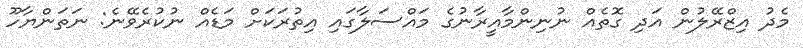
މެދު އިޒްރޭލުން އަދި ގޮތެއް ނުނިންމާއީރާނުގެ މައްސަލާގައި އިތުރަކަށް މަޑެއް ނުކުރެވޭނެ: ނަތަންޔާހޫ